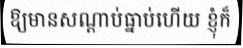
ឱ្យមានសណ្តាប់ធ្នាប់ហើយ ខ្ញុំក៏